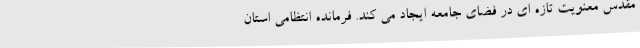
مقدس معنویت تازه ای در فضای جامعه ایجاد می کند. فرمانده انتظامی استان